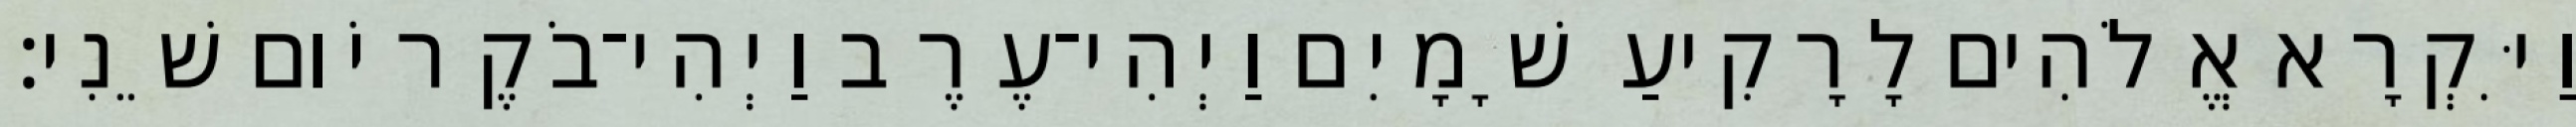
וַיִּקְרָא אֱלֹהִים לָרָקִיעַ שָׁמָיִם וַיְהִי־עֶרֶב וַיְהִי־בֹקֶר יֹום שֵׁנִי׃